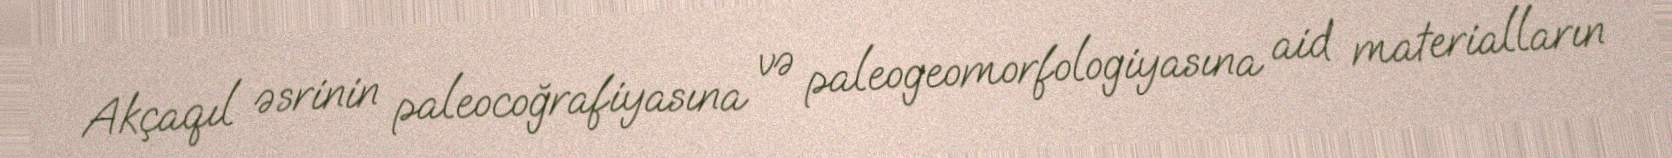
Akçaqıl əsrinin paleocoğrafiyasına və paleogeomorfologiyasına aid materialların